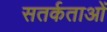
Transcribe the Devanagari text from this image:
सतर्कताओं